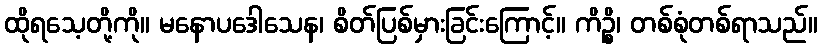
ထိုရသေ့တို့ကို။ မနောပဒေါသေန၊ စိတ်ပြစ်မှားခြင်းကြောင့်။ ကိဉ္စိ၊ တစ်စုံတစ်ရာသည်။